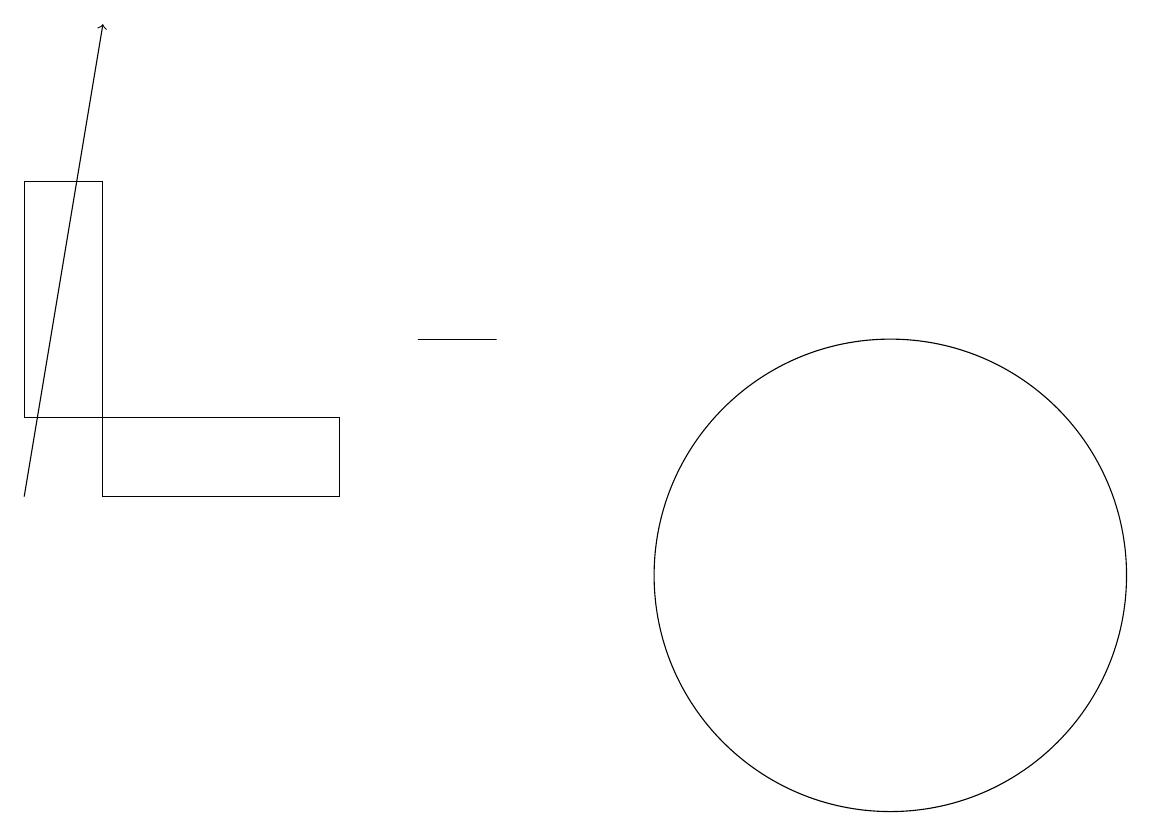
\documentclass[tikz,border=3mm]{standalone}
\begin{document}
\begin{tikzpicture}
\draw (1,15) rectangle (0,12);
\draw[->] (0,11) -- (1,17);
\draw (6,13) rectangle (5,13);
\draw (11,10) circle (3);
\draw (4,12) rectangle (1,11);
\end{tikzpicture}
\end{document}